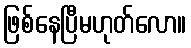
ဖြစ်နေပြီမဟုတ်လော။